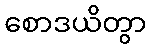
စောဒယိတွာ